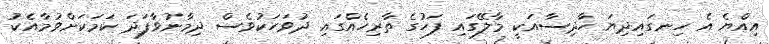
އިއްޔެ އެ ހިނގައިދިޔަ ހާދިސާއަކީ މާލޭގައި ފަހުގެ ތާރިހެއްގައި ދުވަހަކުވެސް ދިމާނުވާފަދަ ކަމަކަށްވުމާއެކު